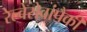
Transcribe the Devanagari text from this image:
रेल्वेसेवांपैकी